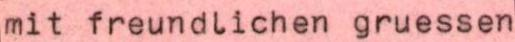
mit freundlichen gruessen